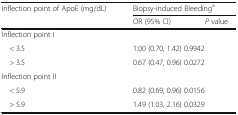
| <ROWSPAN=2> Inflection point of ApoE (mg/dL) | <COLSPAN=2> Biopsy-induced Bleedinga |
 | OR (95% CI) | P value |
 | --- | --- | --- |
 | <COLSPAN=3> Inflection point I |
 | < 3.5 | <COLSPAN=2> 1.00 (0.70, 1.42) 0.9942 |
 | > 3.5 | <COLSPAN=2> 0.67 (0.47, 0.96) 0.0272 |
 | <COLSPAN=3> Inflection point II |
 | < 5.9 | <COLSPAN=2> 0.82 (0.69, 0.96) 0.0156 |
 | > 5.9 | <COLSPAN=2> 1.49 (1.03, 2.16) 0.0329 |